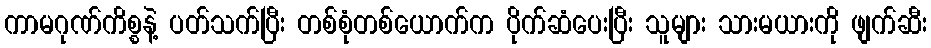
ကာမဂုဏ်ကိစ္စနဲ့ ပတ်သက်ပြီး တစ်စုံတစ်ယောက်က ပိုက်ဆံပေးပြီး သူများ သားမယားကို ဖျက်ဆီး